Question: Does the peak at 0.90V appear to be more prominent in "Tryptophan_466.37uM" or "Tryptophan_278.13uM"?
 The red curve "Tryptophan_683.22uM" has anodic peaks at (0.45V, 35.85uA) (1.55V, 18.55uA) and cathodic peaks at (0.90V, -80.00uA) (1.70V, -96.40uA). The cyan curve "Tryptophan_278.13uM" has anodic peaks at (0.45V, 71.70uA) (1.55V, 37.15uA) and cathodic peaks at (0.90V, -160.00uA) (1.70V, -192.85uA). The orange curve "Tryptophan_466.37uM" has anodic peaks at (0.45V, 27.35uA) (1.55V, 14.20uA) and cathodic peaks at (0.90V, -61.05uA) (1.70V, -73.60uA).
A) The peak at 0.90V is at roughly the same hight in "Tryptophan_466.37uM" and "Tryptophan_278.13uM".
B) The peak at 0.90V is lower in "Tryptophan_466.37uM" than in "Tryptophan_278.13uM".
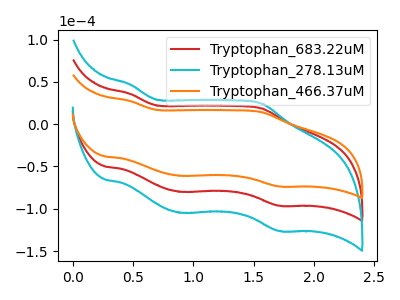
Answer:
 <answer>B) The peak at 0.90V is lower in "Tryptophan_466.37uM" than in "Tryptophan_278.13uM".</answer>
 <eval>B</eval>